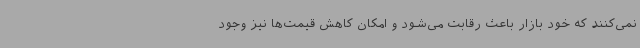
نمی‌کنند که خود بازار باعث رقابت می‌شود و امکان کاهش قیمت‌ها نیز وجود